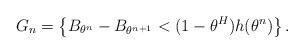
LaTeX: \begin{align*}G_{n}=\left\{ B_{\theta^{n}}-B_{\theta^{n+1}}<(1-\theta^{H})h(\theta^{n})\right\} .\end{align*}